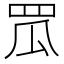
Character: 罛